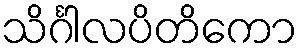
သိင်္ဂါလပိတိကော